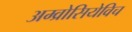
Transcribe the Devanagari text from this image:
अम्व्रोसियेविच